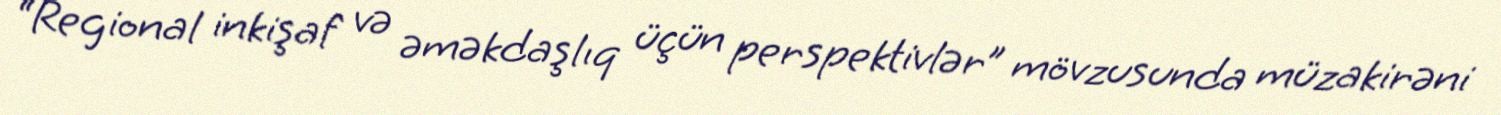
“Regional inkişaf və əməkdaşlıq üçün perspektivlər” mövzusunda müzakirəni